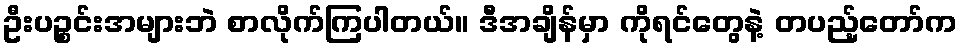
ဦးပဉ္စင်းအများဘဲ စာလိုက်ကြပါတယ်။ ဒီအချိန်မှာ ကိုရင်တွေနဲ့ တပည့်တော်က